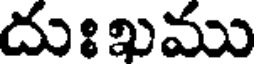
దుఃఖము